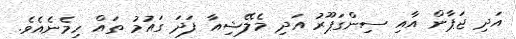
އަދި ޖަޕާން އާއި ސިންގަޕޫރު އަދި މެލޭޝިއާ ފަދަ ގައުމު ތައް ހިމެނެއެވެ.